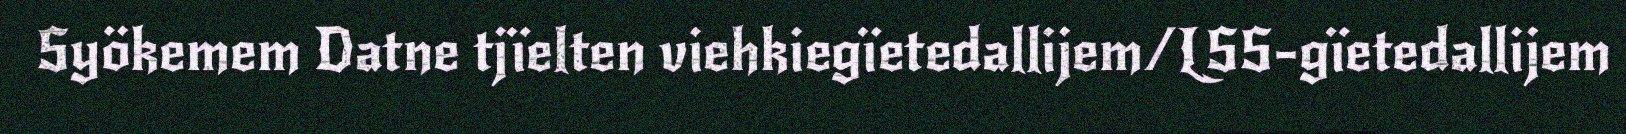
Syökemem Datne tjïelten viehkiegïetedallijem/LSS-gïetedallijem